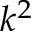
k ^ { 2 }